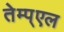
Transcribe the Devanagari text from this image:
तेम्प्एल